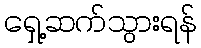
ရှေ့ဆက်သွားရန်